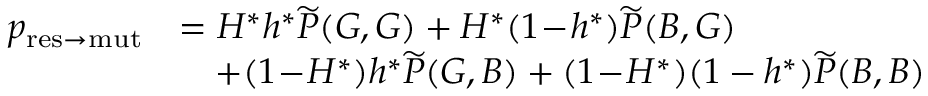
\begin{array} { r l } { p _ { \mathrm { r e s \to m u t } } } & { = H ^ { \ast } h ^ { \ast } \widetilde { P } ( G , G ) + H ^ { \ast } ( 1 \! - \! h ^ { \ast } ) \widetilde { P } ( B , G ) } \\ & { \quad + ( 1 \! - \! H ^ { \ast } ) h ^ { \ast } \widetilde { P } ( G , B ) + ( 1 \! - \! H ^ { \ast } ) ( 1 - h ^ { \ast } ) \widetilde { P } ( B , B ) } \end{array}